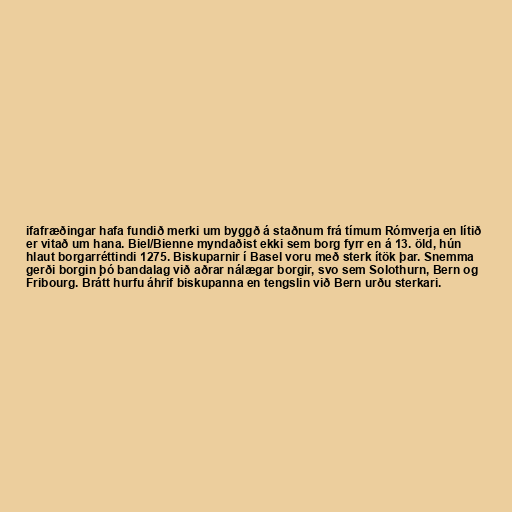
ifafræðingar hafa fundið merki um byggð á staðnum frá tímum Rómverja en lítið
er vitað um hana. Biel/Bienne myndaðist ekki sem borg fyrr en á 13. öld, hún
hlaut borgarréttindi 1275. Biskuparnir í Basel voru með sterk ítök þar. Snemma
gerði borgin þó bandalag við aðrar nálægar borgir, svo sem Solothurn, Bern og
Fribourg. Brátt hurfu áhrif biskupanna en tengslin við Bern urðu sterkari.